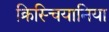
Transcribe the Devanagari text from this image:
क्रिस्चियानिया